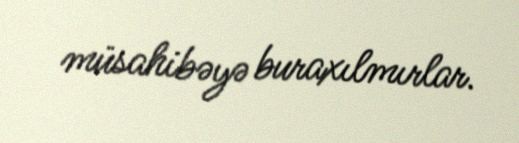
müsahibəyə buraxılmırlar.